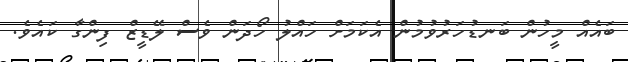
ބައެއް މީހުން ބަނޑުހަރުވުމުން އެކަމަށް ހައްލު ހޯދަން ވެސް ލޭޑީޒް ފިންގާ ކައެވެ.